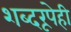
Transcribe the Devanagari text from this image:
शब्दरूपेही